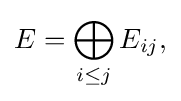
\displaystyle {E=\bigoplus _{i\leq j}E_{ij},}